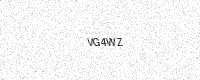
Text: VG4WZ